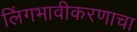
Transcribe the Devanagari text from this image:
लिंगभावीकरणाचा